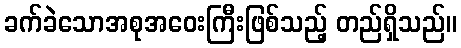
ခက်ခဲသောအစုအဝေးကြီးဖြစ်သည့် တည်ရှိသည်။